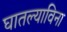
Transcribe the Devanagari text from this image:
घातल्याविना